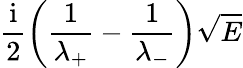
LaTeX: \frac{\mathrm{i}}{2}\left(\frac{1}{\lambda_{+}}-\frac{1}{\lambda_{-}}\right)\sqrt{E}